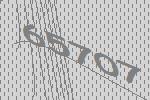
65707